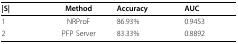
<table><thead><tr><td><b>|S|</b></td><td><b>Method</b></td><td><b>Accuracy</b></td><td><b>AUC</b></td></tr></thead><tbody><tr><td>1</td><td>NRProF</td><td>86.93%</td><td>0.9453</td></tr><tr><td>2</td><td>PFP Server</td><td>83.33%</td><td>0.8892</td></tr></tbody></table>